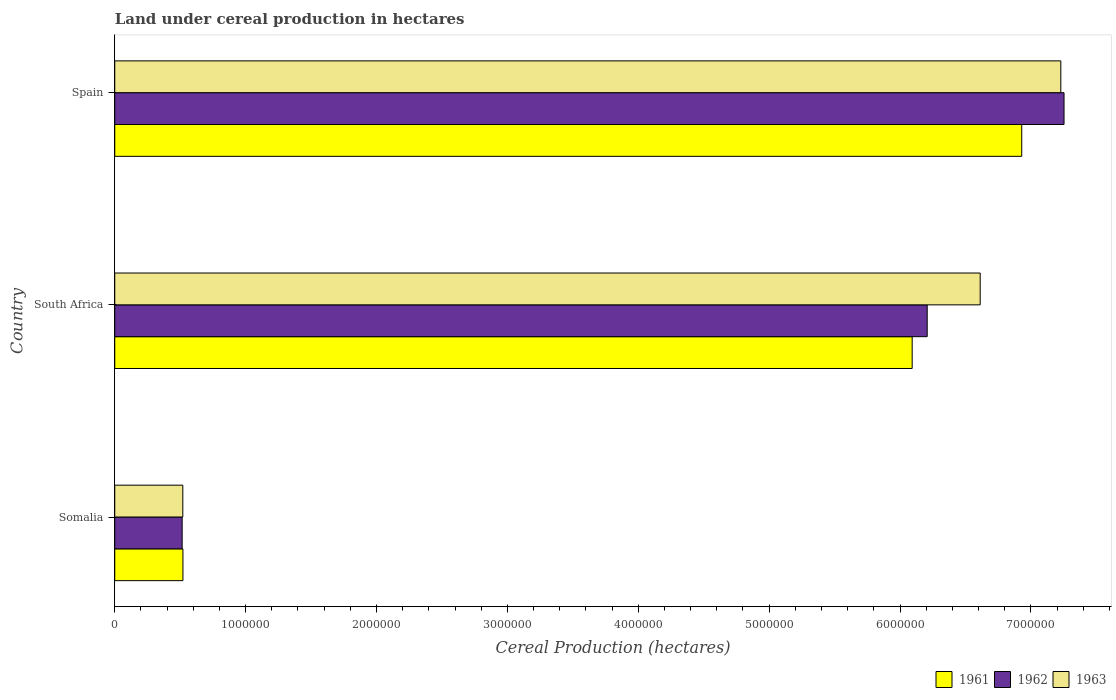
| Country | 1961 | 1962 | 1963 |
 | --- | --- | --- | --- |
 | Somalia | 5.21e+05 | 5.15e+05 | 5.2e+05 |
 | South Africa | 6.09e+06 | 6.21e+06 | 6.61e+06 |
 | Spain | 6.93e+06 | 7.25e+06 | 7.23e+06 |